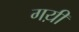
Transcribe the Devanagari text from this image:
गय़ीं